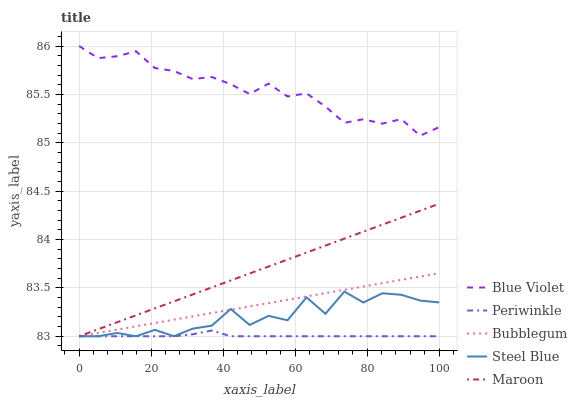
| xaxis_label | Blue Violet | Periwinkle | Bubblegum | Steel Blue | Maroon |
 | --- | --- | --- | --- | --- | --- |
 | 0 | 86 | 83 | 83 | 83 | 83 |
 | 5.26 | 85.9 | 83 | 83 | 83 | 83.1 |
 | 10.5 | 85.9 | 83 | 83.1 | 83 | 83.1 |
 | 15.8 | 85.9 | 83 | 83.1 | 83 | 83.2 |
 | 21.1 | 85.8 | 83 | 83.1 | 83.1 | 83.3 |
 | 26.3 | 85.7 | 83 | 83.2 | 83 | 83.4 |
 | 31.6 | 85.7 | 83 | 83.2 | 83.1 | 83.4 |
 | 36.8 | 85.7 | 83.1 | 83.2 | 83.1 | 83.5 |
 | 42.1 | 85.6 | 83 | 83.3 | 83.3 | 83.6 |
 | 47.4 | 85.5 | 83 | 83.3 | 83.1 | 83.6 |
 | 52.6 | 85.6 | 83 | 83.3 | 83.2 | 83.7 |
 | 57.9 | 85.5 | 83 | 83.4 | 83.2 | 83.8 |
 | 63.2 | 85.5 | 83 | 83.4 | 83.4 | 83.9 |
 | 68.4 | 85.4 | 83 | 83.4 | 83.2 | 83.9 |
 | 73.7 | 85.2 | 83 | 83.5 | 83.5 | 84 |
 | 78.9 | 85.2 | 83 | 83.5 | 83.3 | 84.1 |
 | 84.2 | 85.2 | 83 | 83.5 | 83.4 | 84.2 |
 | 89.5 | 85.2 | 83 | 83.6 | 83.4 | 84.2 |
 | 94.7 | 85.1 | 83 | 83.6 | 83.4 | 84.3 |
 | 100 | 85.2 | 83 | 83.7 | 83.3 | 84.4 |